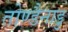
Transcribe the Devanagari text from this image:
तोण्डैनाडु